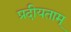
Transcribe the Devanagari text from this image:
प्रदीयताम्